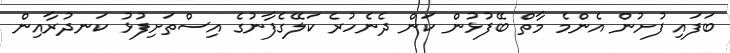
ބަފައި ފުށުން އެންމެ މާތް ބޭފުޅުން ކަން ދެނެހުރެ ކަލޭގެފާނުގެ އިސްތަށިފުޅު ކަނދުރާއިން